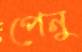
পেনু